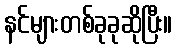
နင်များတစ်ခုခုဆိုပြီး။